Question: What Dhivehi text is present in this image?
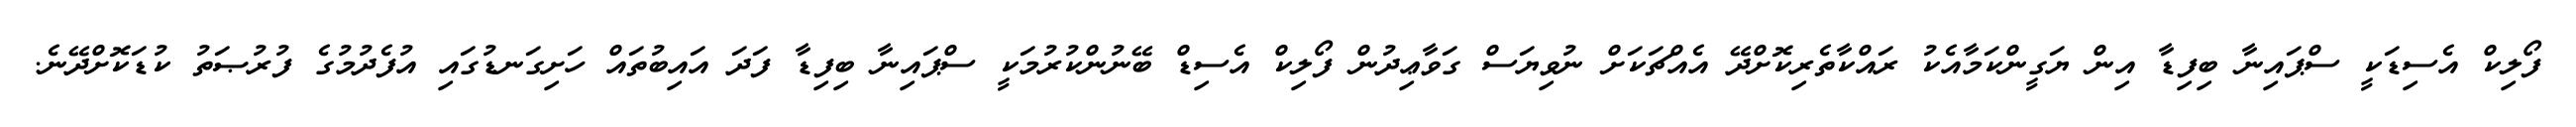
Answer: ފޯލިކް އެސިޑަކީ ސްޕައިނާ ބިފިޑާ އިން ޔަގީންކަމާއެކު ރައްކާތެރިކޮށްދޭ އެއްޗަކަށް ނުވިޔަސް ގަވާޢިދުން ފޯލިކް އެސިޑް ބޭނުންކުރުމަކީ ސްޕައިނާ ބިފިޑާ ފަދަ އައިބުތައް ހަށިގަނޑުގައި އުފެދުމުގެ ފުރުޞަތު ކުޑަކޮށްދޭނެ.